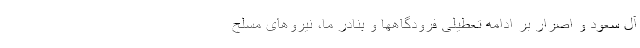
آل سعود و اصرار بر ادامه تعطیلی فرودگاهها و بنادر ما، نیروهای مسلح